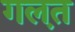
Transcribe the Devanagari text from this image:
गल़त